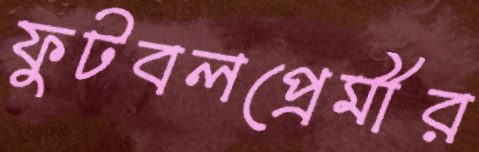
ফুটবলপ্রেমীর